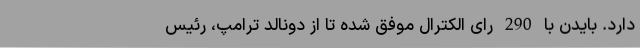
دارد. بایدن با 290 رای الکترال موفق شده تا از دونالد ترامپ، رئیس